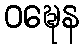
ဝဍ္ဎေန